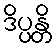
ဒိပ္ပန္တိ